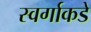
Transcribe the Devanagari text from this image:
स्वर्गाकडे